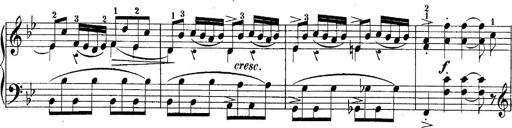
Title: 10 Sonatines progressives
Composer: Anton Schmoll